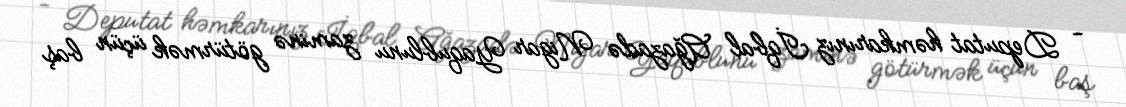
- Deputat həmkarınız İqbal Ağazadə Nigar Yaqublunu zaminə götürmək üçün baş